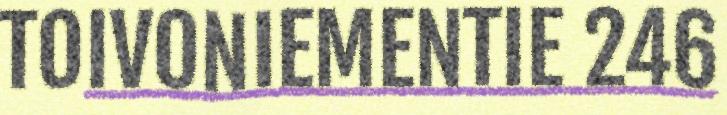
TOIVONIEMENTIE 246